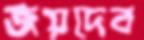
জয়দেব